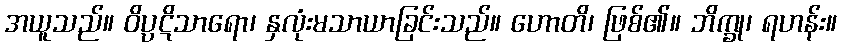
အယူသည်။ ဝိပ္ပဋိသာရော၊ နှလုံးမသာယာခြင်းသည်။ ဟောတိ၊ ဖြစ်၏။ ဘိက္ခု၊ ရဟန်း။